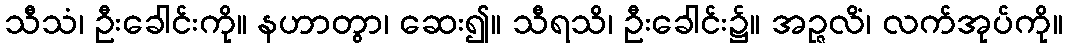
သီသံ၊ ဦးခေါင်းကို။ နဟာတွာ၊ ဆေး၍။ သီရသိ၊ ဦးခေါင်း၌။ အဉ္ဇလိံ၊ လက်အုပ်ကို။